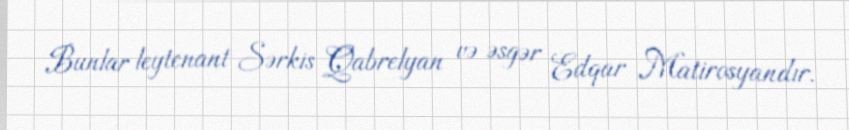
Bunlar leytenant Sərkis Qabrelyan və əsgər Edqar Matirosyandır.